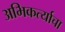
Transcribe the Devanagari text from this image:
अभिकर्त्याचा